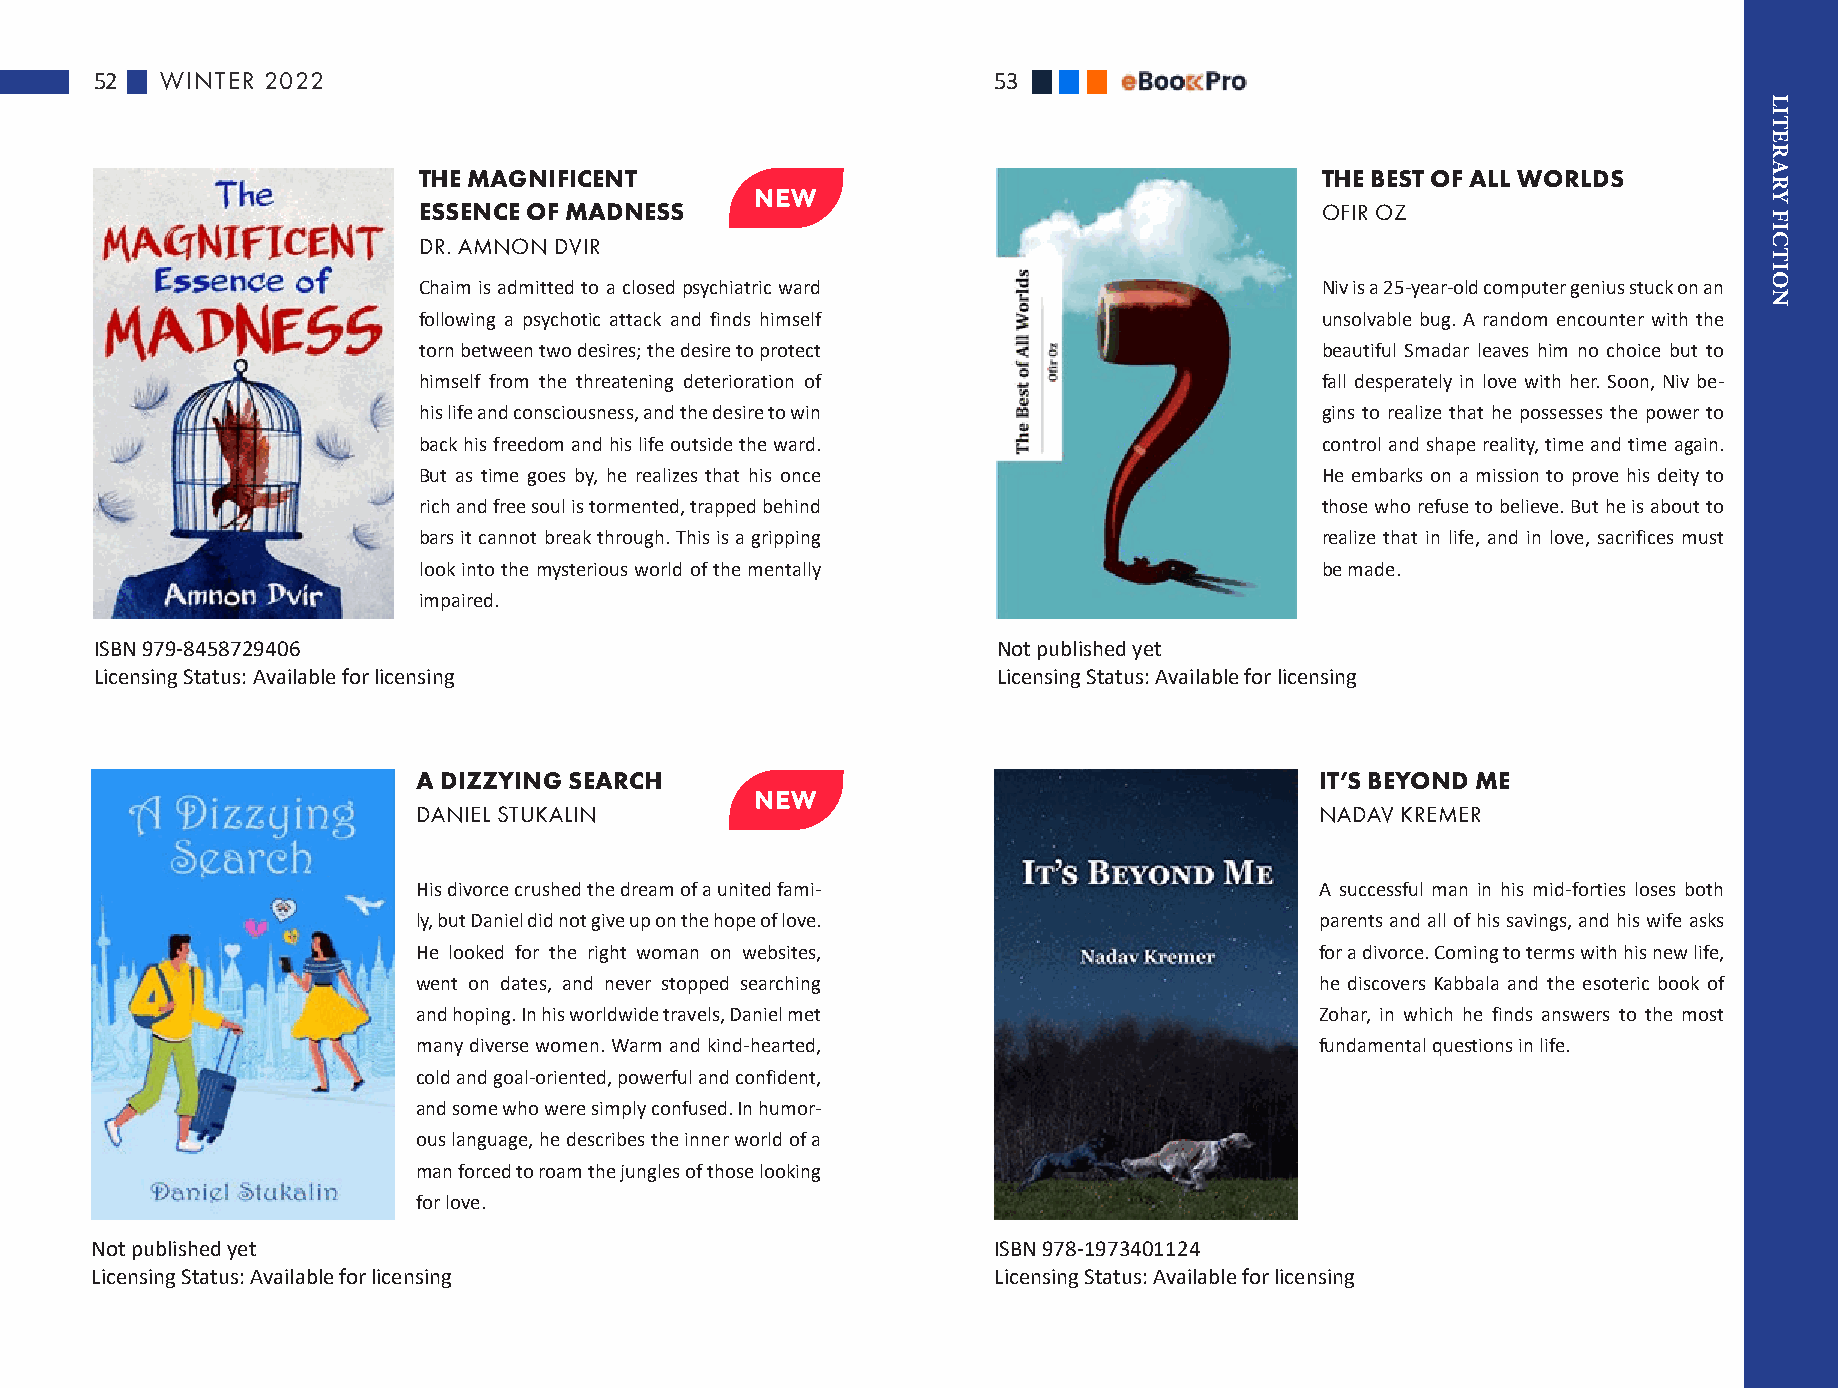
52   WINTER 2022                                            53
 THE MAGNIFICENT                                            THE BEST OF ALL WORLDS
 ESSENCE OF MADNESS                                         OFIR OZ
 DR. AMNON DVIR
 Chaim is admitted to a closed psychiatric ward             Niv is a 25-year-old computer genius stuck on an
 following a psychotic attack and finds himself             unsolvable bug. A random encounter with the
 torn between two desires; the desire to protect            beautiful Smadar leaves him no choice but to
 himself from the threatening deterioration of              fall desperately in love with her. Soon, Niv be-
 his life and consciousness, and the desire to win          gins to realize that he possesses the power to
 back his freedom and his life outside the ward.            control and shape reality, time and time again.
 But as time goes by, he realizes that his once             He embarks on a mission to prove his deity to
 rich and free soul is tormented, trapped behind            those who refuse to believe. But he is about to
 bars it cannot break through. This is a gripping           realize that in life, and in love, sacrifices must
 look into the mysterious world of the mentally             be made.
 impaired.
 ISBN 979-8458729406                                         Not published yet
 Licensing Status: Available for licensing                   Licensing Status: Available for licensing
 A DIZZYING SEARCH                                          IT’S BEYOND ME
 DANIEL STUKALIN                                            NADAV KREMER
 His divorce crushed the dream of a united fami-            A successful man in his mid-forties loses both
 ly, but Daniel did not give up on the hope of love.        parents and all of his savings, and his wife asks
 He looked for the right woman on websites,                 for a divorce. Coming to terms with his new life,
 went on dates, and never stopped searching                 he discovers Kabbala and the esoteric book of
 and hoping. In his worldwide travels, Daniel met           Zohar, in which he finds answers to the most
 many diverse women. Warm and kind-hearted,                 fundamental questions in life.
 cold and goal-oriented, powerful and confident,
 and some who were simply confused. In humor-
 ous language, he describes the inner world of a
 man forced to roam the jungles of those looking
 for love.
 Not published yet                                           ISBN 978-1973401124
 Licensing Status: Available for licensing                   Licensing Status: Available for licensing
 LITERARY
 FICTION